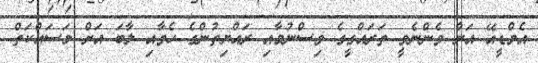
އެމްޑީއޭ އަށް ވެންނެވީ ތަރައްގީގެ ވިސްނުމާއި ރައްޔިތުންގެ ހެވާއި ލާބަ އަށް މަސައްކަތް